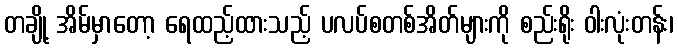
တချို့ အိမ်မှာတော့ ရေထည့်ထားသည့် ပလပ်စတစ်အိတ်များကို စည်းရိုး ဝါးလုံးတန်း၊